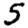
Digit: 5